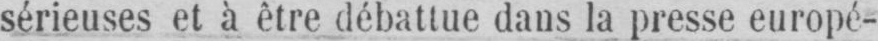
sérieuses et à être débattue dans la presse europé-